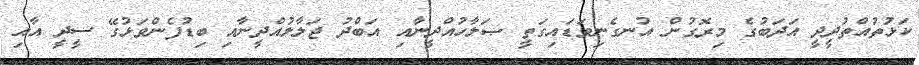
ކަޅުތުއްތުދީދީ އަދަބުގެ މިރޮގުން އުނގެނިވަޑައިގަތީ ޞަލާހުއްދީނާއި އަބްދު ޖަލާލުއްދީނާއި ބިޑުފެންވަޅުގޭ ސީދީ އާއި